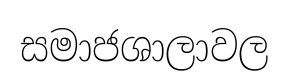
සමාජශාලාවල